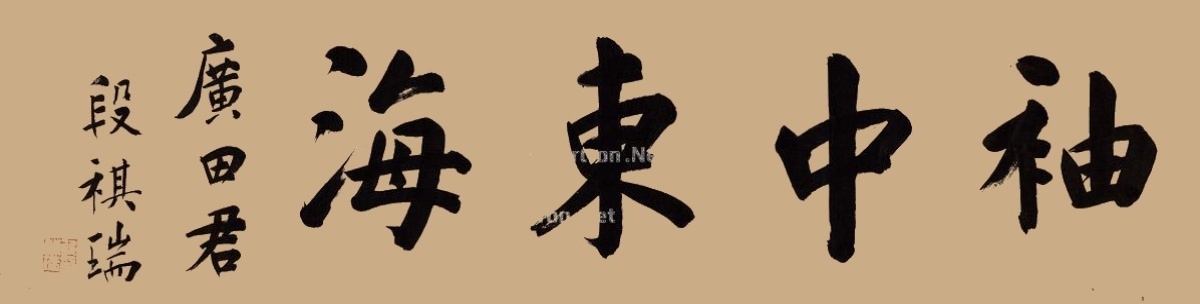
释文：袖中东海。广田君，段祺瑞。